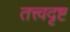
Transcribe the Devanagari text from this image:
तत्त्वदृष्ट